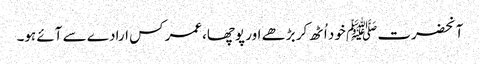
آنحضرت ﷺ خود اُٹھ کر بڑھے اور پوچھا،عمر کس ارادے سے آئے ہو۔